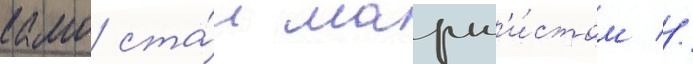
камо ста́л маркс'и́стом //